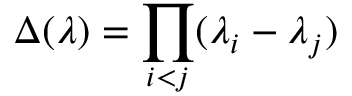
\Delta ( \lambda ) = \prod _ { i < j } ( \lambda _ { i } - \lambda _ { j } )